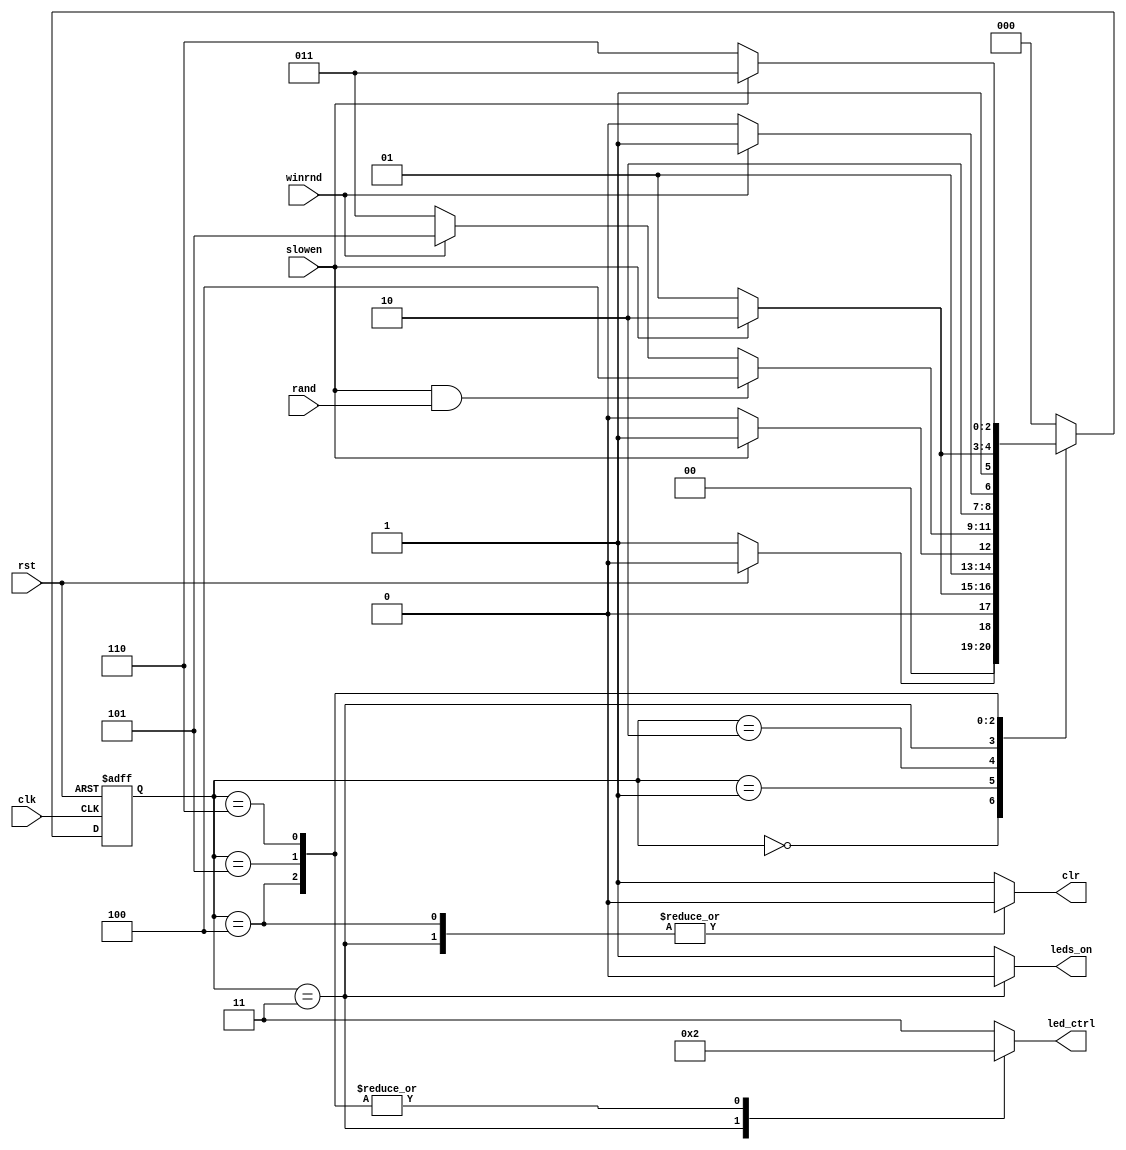
/**
*Module Name:		MC.v
*Project:			ToW
*					Connor Emery
*Date of Update:	27/11/2016                                              
*Version:           1.0.0                                                      

*Purpose:           TODO
* 
* 
*Update Log:		v1.0.0
						- intial commit
*/
`timescale 1 ns/ 1ps


module MC(winrnd, slowen, rand, clk, rst, leds_on, led_ctrl, clr);

	//declaring inputs
	input winrnd;
	input slowen;
	input rand;
	input clk;
	input rst;
	
	//declaring outputs
	output reg leds_on;
	output reg clr;
	output reg [1:0] led_ctrl;
	reg [2:0] state;
	reg [2:0] nxt_state;
	
	//declaring parameters
	parameter reset = 0;
	parameter wait_a = 1;
	parameter wait_b = 2;
	parameter dark = 3;
	parameter play = 4;
	parameter gloat_a = 5;
	parameter gloat_b = 6;
	
	
	always@(posedge clk or posedge rst) begin
		if(rst) state <= reset;
		else state <= nxt_state;
	end
	
	
	//the ol' state switcherroo
	always@(state or winrnd or slowen or rand or rst) begin
		case(state)
			reset:	if(!rst) nxt_state = wait_a;
					else nxt_state = reset;
					
			wait_a:	if(slowen) nxt_state = wait_b;
					else nxt_state = wait_a;
					
			wait_b:	if(slowen) nxt_state = dark;
					else nxt_state = wait_b;
			
			dark:	if(slowen&rand) nxt_state = play;
					else if(winrnd) nxt_state = gloat_a;
					else nxt_state = dark;
			
			play:	if(winrnd) nxt_state = gloat_a;
					else nxt_state = play;
					
			gloat_a: if(slowen) nxt_state = gloat_b;
					else nxt_state = gloat_a;
					
			gloat_b:	if(slowen) nxt_state = dark;
					else nxt_state = gloat_b;
			
			default: nxt_state = reset;
		endcase 
	end
	
	
	//define each state
	always@(state) begin
		case(state)
			reset:
			begin
				leds_on = 1;
				clr = 1;
				led_ctrl = 2'b11;
			end
			
			wait_a:
			begin
				leds_on = 1;
				clr = 1;
				led_ctrl = 2'b11;
			end
			
			wait_b:
			begin
				leds_on = 1;
				clr = 1;
				led_ctrl = 2'b11;
			end
			
			dark:
			begin
				leds_on = 0;
				clr = 0;
				led_ctrl = 2'b00;
			end
			
			play:
			begin
				leds_on = 1;
				clr = 0;
				led_ctrl = 2'b10;
			end
			
			gloat_a:
			begin
				leds_on = 1;
				clr = 1;
				led_ctrl = 2'b10;
			end
			
			gloat_b:
			begin
				leds_on = 1;
				clr = 1;
				led_ctrl = 2'b10;
			end
			
			default:
			begin
				leds_on = 1;
				clr = 1;
				led_ctrl = 2'b11;
			end
		endcase
	end
endmodule